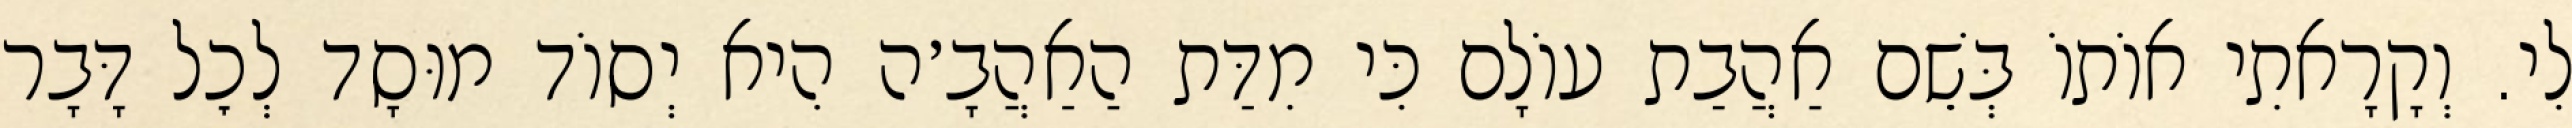
לִי. וְקָרָאתִי אוֹתוֹ בְּשֵׁם אַהֲבַת עוֹלָם כִּי מִדַּת הַאַהֲבָ׳ה הִיא יְסוֹד מוּסָד לְכׇל דָּבָר